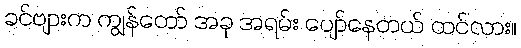
ခင်ဗျားက ကျွန်တော် အခု အရမ်း ပျော်နေတယ် ထင်လား။